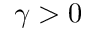
\gamma > 0